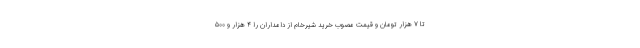
تا ۷ هزار تومان و قیمت مصوب خرید شیرخام از دامداران را ۴ هزار و ۵۰۰